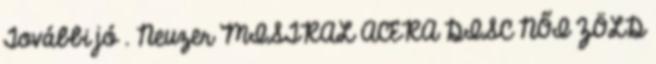
További jó . Neuzer MISTRAL ACERA DISC NŐI ZÖLD